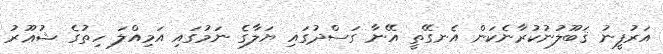
އަރުފީނު ޤަބޫލުނުކުރާނެކަން އެނގޭތީ އޭނާ ގަސްދުގައި ޔަލާގެ ނަމުގައި އަމިއްލަ ހިތުގެ ޝުޢޫރު